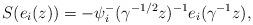
LaTeX: \begin{align*} S(e_i(z))=-\psi^-_i(\gamma^{-1/2}z)^{-1}e_i(\gamma^{-1}z),\end{align*}